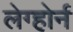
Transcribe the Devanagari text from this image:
लेग्होर्न